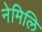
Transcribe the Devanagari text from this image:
नेमिलि